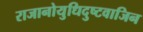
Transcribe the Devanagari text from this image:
राजानोयुधिदुष्टवाजिन